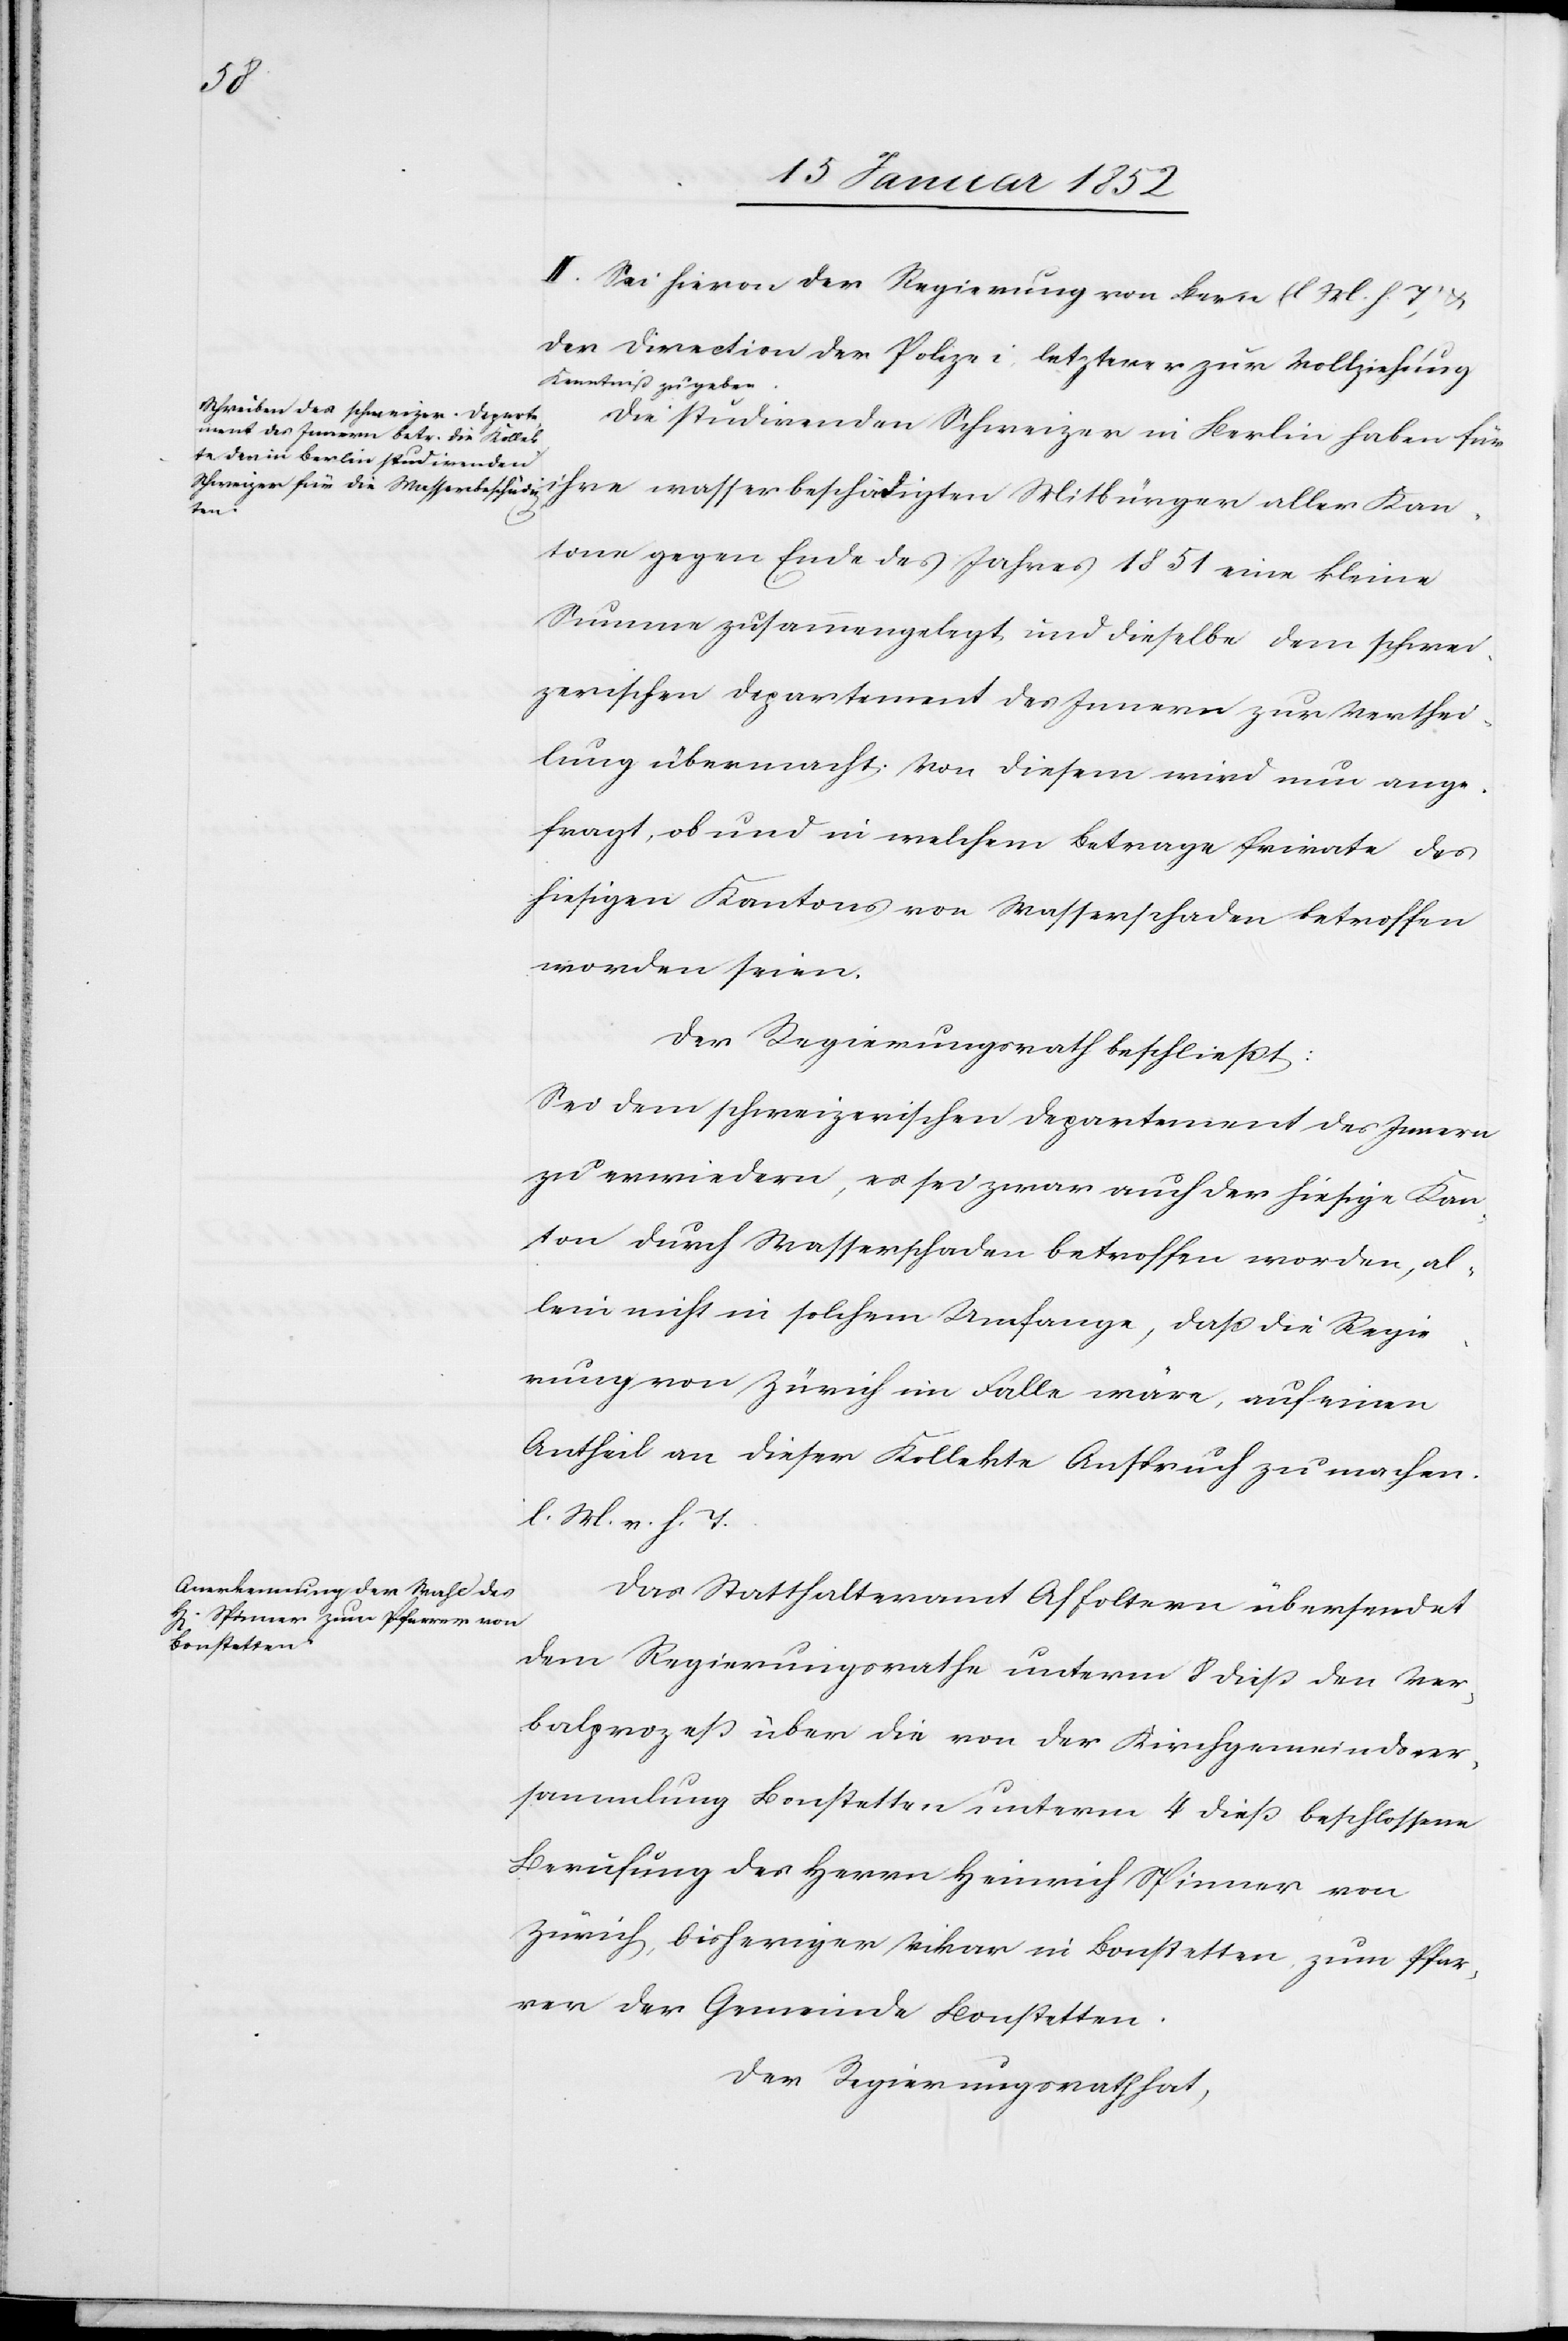
II. Sei hiervon der Regierung von Bern (l M. h. T.) u.
der Direction der Polizei letzteres zur Vollziehung
Kenntniß zu geben.
Die studirenden Schweizer in Berlin haben für
ihre wasserbeschädigten Mitbürger aller Kan¬
tone gegen Ende des Jahres 1851 eine kleine
Summe zusammengelegt und dieselbe dem schwei¬
zerischen Departement des Innern zur Verthei¬
lung übermacht. Von diesem wird nun ange¬
fragt, ob und in welchem Betrage Private des
hiesigen Kantons von Wasserschaden betroffen
worden seien.
Der Regierungsrath beschließt:
Sei dem schweizerischen Departement des Innern
zu erwiedern, es sei zwar auch der hiesige Kan¬
ton durch Wasserschaden betroffen worden, al¬
lein nicht in solchem Umfange, daß die Regie¬
rung von Zürich im Falle wäre, auf einen
Antheil an dieser Kollekte Anspruch zu machen.
l. M. v. h. T.
Das Statthalteramt Affoltern übersendet
dem Regierungsrathe unterm 8 dieß den Ver¬
balprozeß über die von der Kirchgemeindever¬
sammlung Bonstetten unterm 4 dieß beschlossene
Berufung des Herrn Heinrich Spinner von
Zürich, bisheriger Vikar in Bonstetten zum Pfar¬
rer der Gemeinde Bonstetten.
Der Regierungsrath hat,